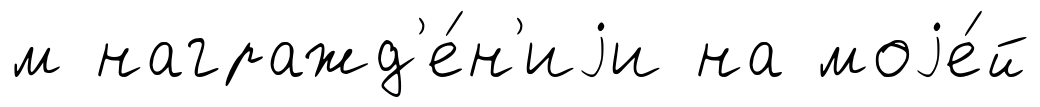
м награжд'е́н'иjи на моjе́й